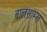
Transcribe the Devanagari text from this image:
बालसाम्स